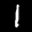
Label: 1